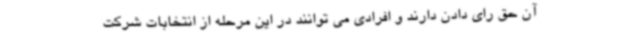
آن حق رای دادن دارند و افرادی می توانند در این مرحله از انتخابات شرکت